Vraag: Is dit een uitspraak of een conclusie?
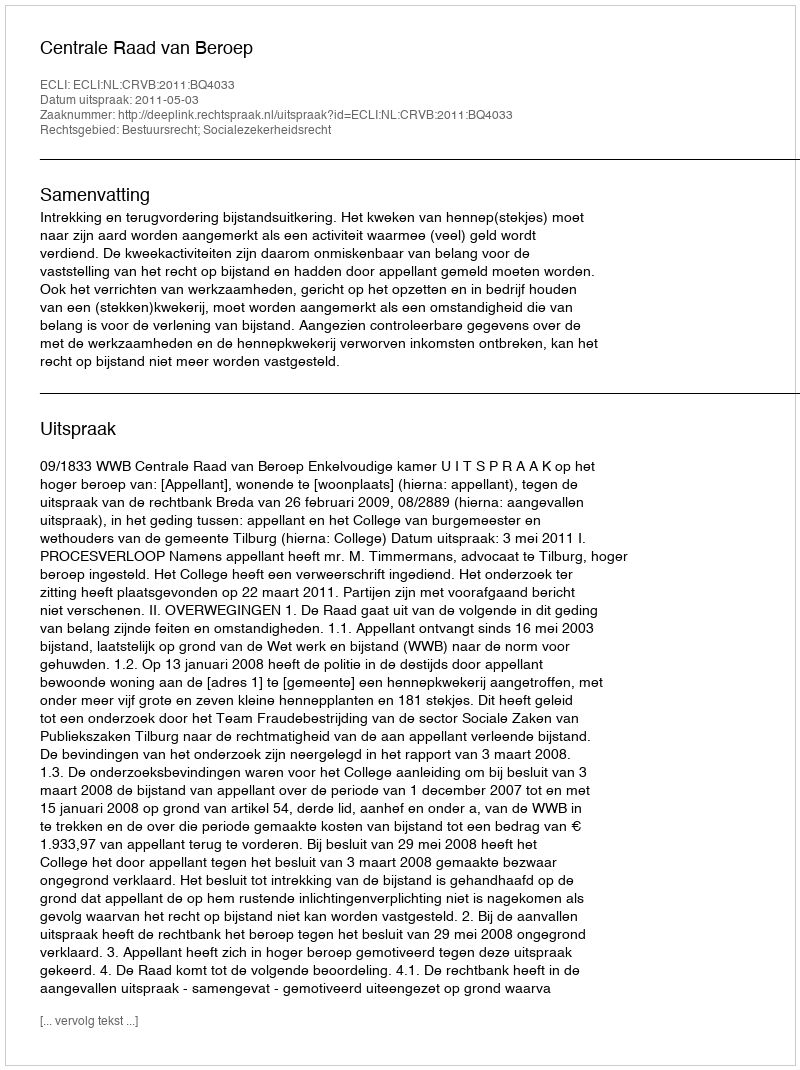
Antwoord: Uitspraak